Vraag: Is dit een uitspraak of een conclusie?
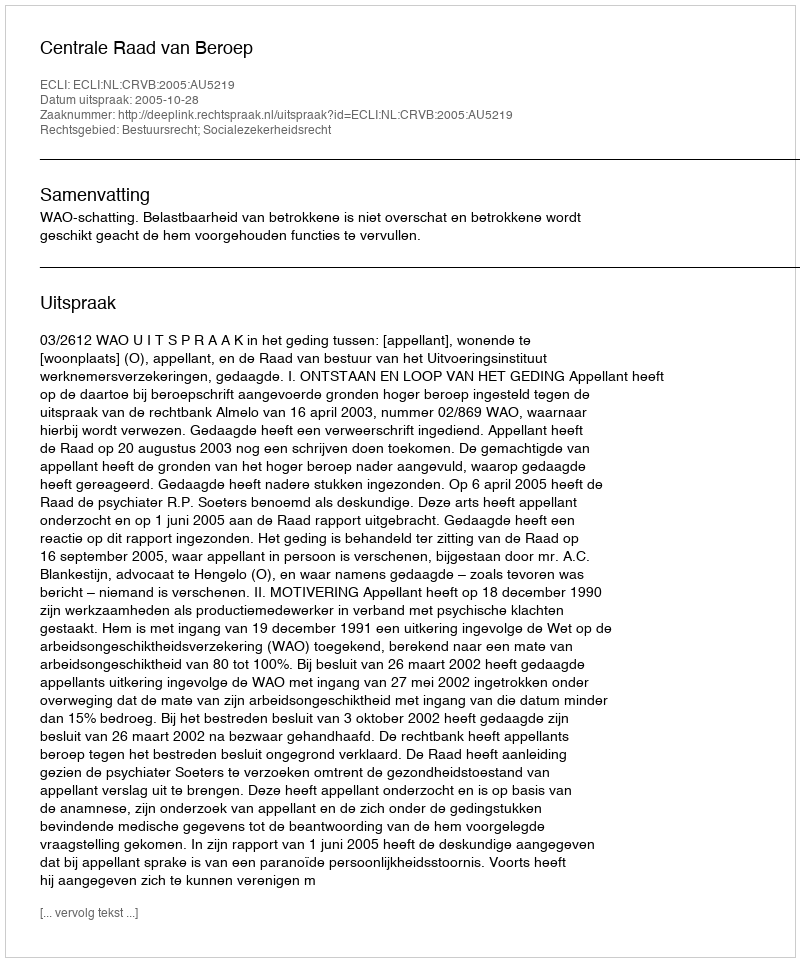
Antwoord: Uitspraak